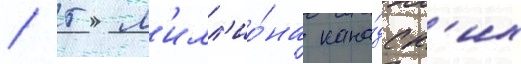
/ 5 м'илл'ио́на кана́дск'их